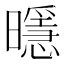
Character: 𭨄